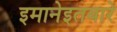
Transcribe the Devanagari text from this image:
इमानेइतबारे